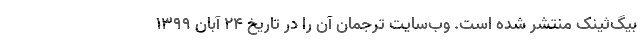
بیگ‌ثینک منتشر شده است. وب‌سایت ترجمان آن را در تاریخ ۲۴ آبان ۱۳۹۹